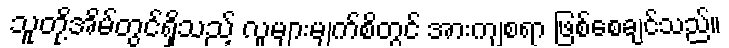
သူတို့အိမ်တွင်ရှိသည့် လူများမျက်စိတွင် အားကျစရာ ဖြစ်စေချင်သည်။